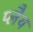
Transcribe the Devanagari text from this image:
प्लैथ